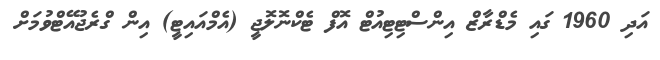
އަދި 1960 ގައި މެޑްރާޒް އިންސްޓިޓިއުޓް އޮފް ޓެކްނޮލޮޖީ (އެމްއައިޓީ) އިން ގްރެޖުއޭޓްވުމަށް